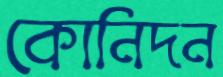
কোনিদন